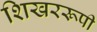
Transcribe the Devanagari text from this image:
शिखररूपी